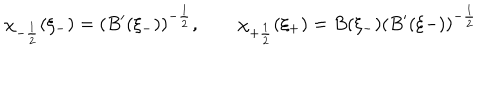
\chi _ { - \frac { 1 } { 2 } } ( \xi _ { - } ) = ( B ^ { \prime } ( \xi _ { - } ) ) ^ { - \frac { 1 } { 2 } } , \qquad \chi _ { + \frac { 1 } { 2 } } ( \xi _ { + } ) = B ( \xi _ { - } ) ( B ^ { \prime } ( \xi { - } ) ) ^ { - \frac { 1 } { 2 } }